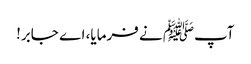
آپﷺ نے فرمایا، اے جابر!